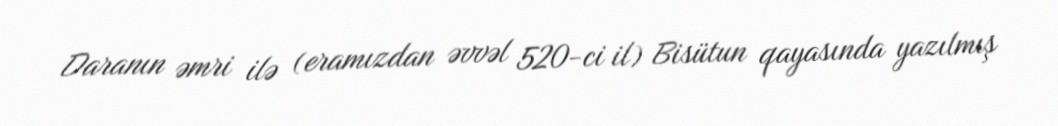
Daranın əmri ilə (eramızdan əvvəl 520-ci il) Bisütun qayasında yazılmış